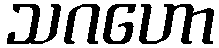
သဂဟော